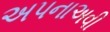
અપનાઅવી